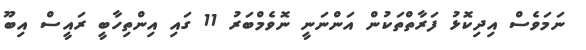
ނަމަވެސް އިދިކޮޅު ފަރާތްތަކުން އަންނަނީ ނޮވެމްބަރު 11 ގައި އިންތިހާބީ ރައީސް އިބޫ